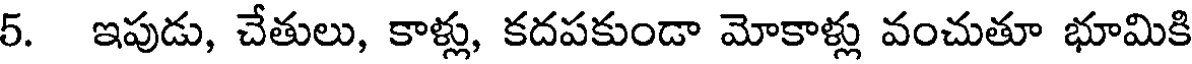
5. ఇపుడు, చేతులు, కాళ్లు, కదపకుండా మోకాళ్లు వంచుతూ భూమికి